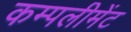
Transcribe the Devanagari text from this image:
कम्पलीमेंट